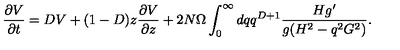
\frac { \partial V } { \partial t } = D V + ( 1 - D ) z \frac { \partial V } { \partial z } + 2 N \Omega \int _ { 0 } ^ { \infty } d q q ^ { D + 1 } \frac { H g ^ { \prime } } { g ( H ^ { 2 } - q ^ { 2 } G ^ { 2 } ) } .